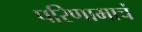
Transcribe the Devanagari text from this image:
परिणामाचं